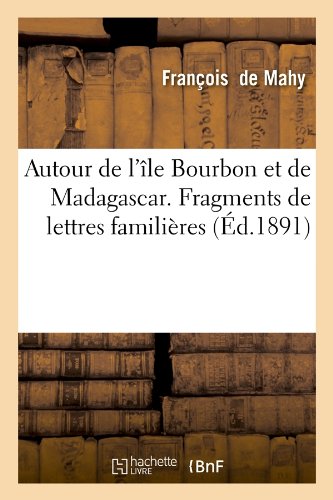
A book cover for Autour de L'Ile Bourbon Et de Madagascar. Fragments de Lettres Familieres (Litterature) (French Edition); Francois De Mahy; Travel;